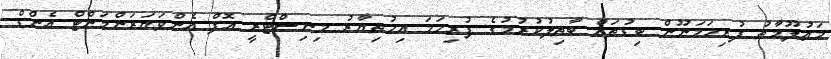
މަޢުލޫމާތު ފުރިހަމަނޫން ބިޑުތައް ބާޠިލުކުރުމުގެ ފުރިހަމަ އިޚުތިޔާރު މިނިސްޓްރީ އޮފް އެންވަޔަރަންމަންޓް އެންޑް